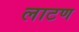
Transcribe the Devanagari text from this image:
लाटण